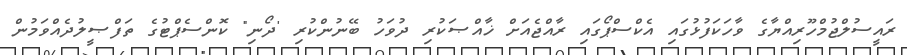
ރައީސުލްޖުމްހޫރިއްޔާގެ ވާހަކަފުޅުގައި އެކްސްޕޯގައި ރާއްޖެއަށް ޚާއްޞަކުރި ދުވަހު ބޭނުންކުރި 'ދޯނި" ކޮންސެޕްޓުގެ ތަފްޞީލުދެއްވަމުން